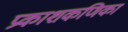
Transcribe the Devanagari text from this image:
प्रकाशकणिका